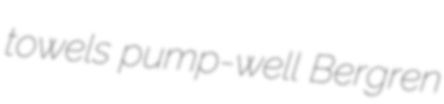
towels pump-well Bergren